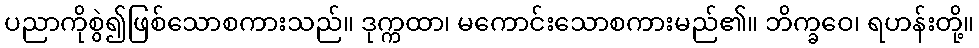
ပညာကိုစွဲ၍ဖြစ်သောစကားသည်။ ဒုက္ကထာ၊ မကောင်းသောစကားမည်၏။ ဘိက္ခဝေ၊ ရဟန်းတို့။